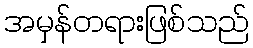
အမှန်တရားဖြစ်သည်